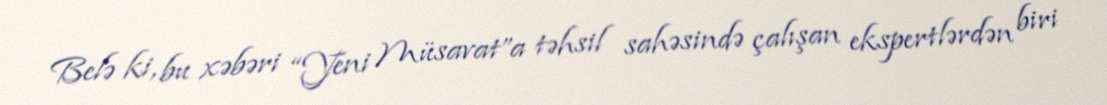
Belə ki, bu xəbəri “Yeni Müsavat”a təhsil sahəsində çalışan ekspertlərdən biri